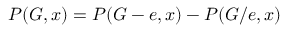
P ( G , x ) = P ( G - e , x ) - P ( G / e , x )